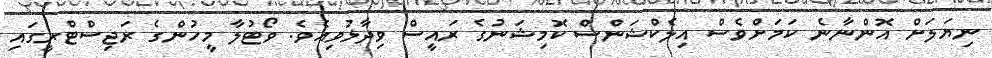
ނިޔަލަށް އޮންނާނެ ކަމަށްވެސް އިލެކްޝަންސް ކޮމިޝަނުގެ ރައީސް ވިދާޅުވިއެވެ. ވޯޓުލާ މީހުންގެ ރަޖިސްޓްރީގައި